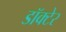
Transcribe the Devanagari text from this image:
डॉक्टेर